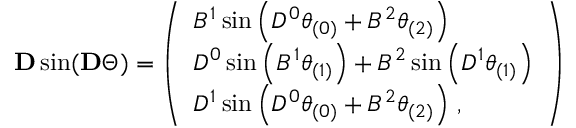
\begin{array} { r } { \mathbf { D } \sin ( \mathbf { D } \Theta ) = \left( \begin{array} { l } { B ^ { 1 } \sin \left( D ^ { 0 } \theta _ { ( 0 ) } + B ^ { 2 } \theta _ { ( 2 ) } \right) } \\ { D ^ { 0 } \sin \left( B ^ { 1 } \theta _ { ( 1 ) } \right) + B ^ { 2 } \sin \left( D ^ { 1 } \theta _ { ( 1 ) } \right) } \\ { D ^ { 1 } \sin \left( D ^ { 0 } \theta _ { ( 0 ) } + B ^ { 2 } \theta _ { ( 2 ) } \right) \, , } \end{array} \right) } \end{array}